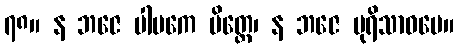
၇၈။ န ဘဇေ ပါပကေ မိတ္တေ၊ န ဘဇေ ပုရိသာဓမေ။